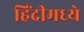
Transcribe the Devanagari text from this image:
हिंंदीमध्ये